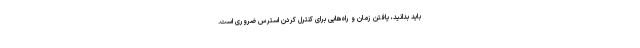
باید بدانید، یافتن زمان و راه‌هایی برای کنترل کردن استرس ضروری است.